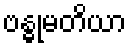
ဗန္ဓုမတိယာ